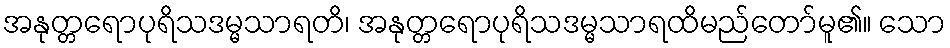
အနုတ္တရောပုရိသဒမ္မသာရတိ၊ အနုတ္တရောပုရိသဒမ္မသာရထိမည်တော်မူ၏။ သော